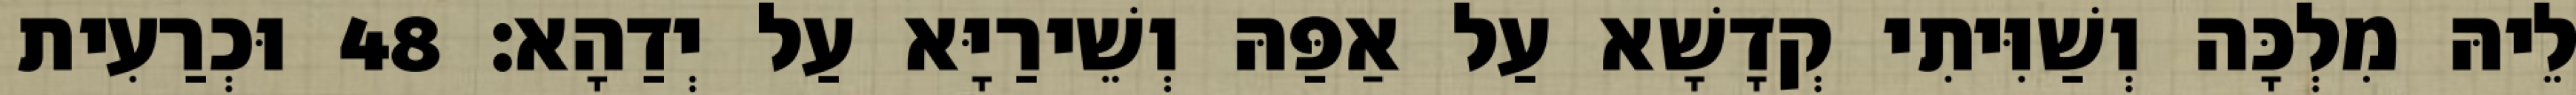
לֵיהּ מִלְכָּה וְשַׁוִּיתִי קְדָשָׁא עַל אַפַּהּ וְשֵׁירַיָּא עַל יְדַהָא׃ 48 וּכְרַעִית